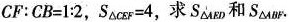
$$CF:CB=1:2$$，$$S_{\triangle CEF}=4$$，求S_{\triangle AED}和S_{\triangle ABF}.